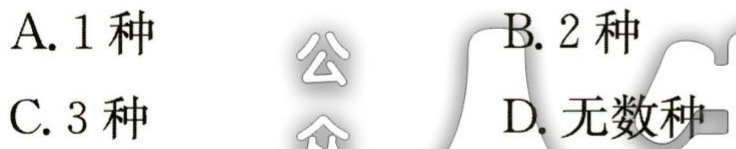
A. 1种
B. 2种
C. 3种
D. 无数种